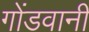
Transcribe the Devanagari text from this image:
गोंडवानी